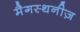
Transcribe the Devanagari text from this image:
मैगस्थनीज़